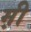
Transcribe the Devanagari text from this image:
म़ी